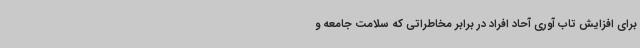
برای افزایش تاب آوری آحاد افراد در برابر مخاطراتی که سلامت جامعه و